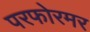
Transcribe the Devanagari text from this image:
परफोरमर